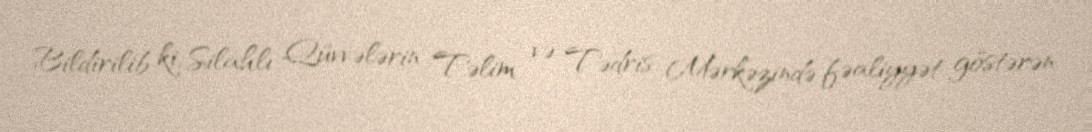
Bildirilib ki, Silahlı Qüvvələrin Təlim və Tədris Mərkəzində fəaliyyət göstərən